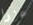
عزرا